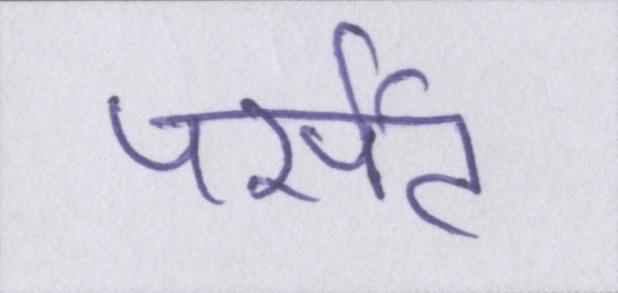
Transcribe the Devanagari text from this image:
पर्सेंट